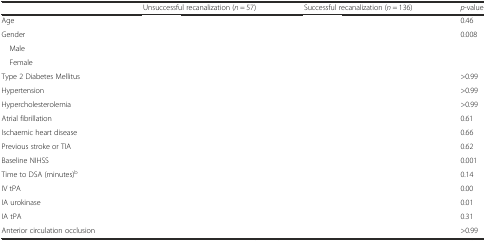
<table><thead><tr><td>[EMPTY_CELL]</td><td><b>Unsuccessful recanalization (<i>n</i> = 57)</b></td><td><b>Successful recanalization (<i>n</i> = 136)</b></td><td><b><i>p</i>-value</b></td></tr></thead><tbody><tr><td>Age</td><td>[EMPTY_CELL]</td><td>[EMPTY_CELL]</td><td>0.46</td></tr><tr><td>Gender</td><td>[EMPTY_CELL]</td><td>[EMPTY_CELL]</td><td>0.008</td></tr><tr><td> Male</td><td>[EMPTY_CELL]</td><td>[EMPTY_CELL]</td><td>[EMPTY_CELL]</td></tr><tr><td> Female</td><td>[EMPTY_CELL]</td><td>[EMPTY_CELL]</td><td>[EMPTY_CELL]</td></tr><tr><td>Type 2 Diabetes Mellitus</td><td>[EMPTY_CELL]</td><td>[EMPTY_CELL]</td><td>&gt;0.99</td></tr><tr><td>Hypertension</td><td>[EMPTY_CELL]</td><td>[EMPTY_CELL]</td><td>&gt;0.99</td></tr><tr><td>Hypercholesterolemia</td><td>[EMPTY_CELL]</td><td>[EMPTY_CELL]</td><td>&gt;0.99</td></tr><tr><td>Atrial fibrillation</td><td>[EMPTY_CELL]</td><td>[EMPTY_CELL]</td><td>0.61</td></tr><tr><td>Ischaemic heart disease</td><td>[EMPTY_CELL]</td><td>[EMPTY_CELL]</td><td>0.66</td></tr><tr><td>Previous stroke or TIA</td><td>[EMPTY_CELL]</td><td>[EMPTY_CELL]</td><td>0.62</td></tr><tr><td>Baseline NIHSS</td><td>[EMPTY_CELL]</td><td>[EMPTY_CELL]</td><td>0.001</td></tr><tr><td>Time to DSA (minutes)<sup>b</sup></td><td>[EMPTY_CELL]</td><td>[EMPTY_CELL]</td><td>0.14</td></tr><tr><td>IV tPA</td><td>[EMPTY_CELL]</td><td>[EMPTY_CELL]</td><td>0.00</td></tr><tr><td>IA urokinase</td><td>[EMPTY_CELL]</td><td>[EMPTY_CELL]</td><td>0.01</td></tr><tr><td>IA tPA</td><td>[EMPTY_CELL]</td><td>[EMPTY_CELL]</td><td>0.31</td></tr><tr><td>Anterior circulation occlusion</td><td>[EMPTY_CELL]</td><td>[EMPTY_CELL]</td><td>&gt;0.99</td></tr></tbody></table>